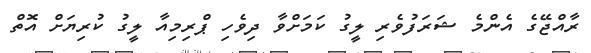
ރާއްޖޭގެ އެންމެ ޝަރަފުވެރި ލީގު ކަމަށްވާ ދިވެހި ޕްރިމިއާ ލީގު ކުރިޔަށް އޮތް